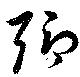
聊